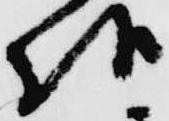
様